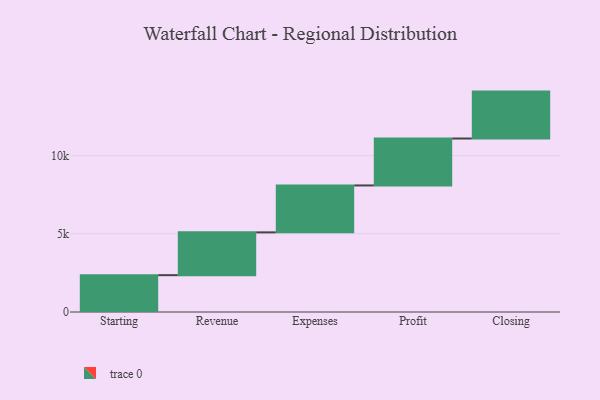
{"axis": {"x": "Step", "y": "Value"}, "legend": [""], "data": [{"x": "Starting", "y": 2355.0, "type": ""}, {"x": "Revenue", "y": 2736.0, "type": ""}, {"x": "Expenses", "y": 3000, "type": ""}, {"x": "Profit", "y": 3000, "type": ""}, {"x": "Closing", "y": 3000, "type": ""}]}